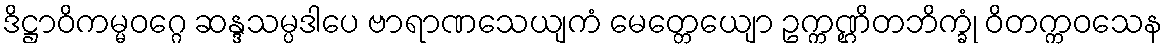
ဒိဋ္ဌာဝိကမ္မဝဂ္ဂေ ဆန္ဒသမ္ပဒါပေ ဗာရာဏသေယျကံ မေတ္တေယျော ဥက္ကဏ္ဌိတဘိက္ခုံ ဝိတက္ကဝသေန